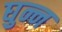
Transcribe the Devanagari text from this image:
घुन्न